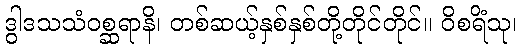
ဒွါဒသသံဝစ္ဆရာနိ၊ တစ်ဆယ့်နှစ်နှစ်တို့တိုင်တိုင်။ ဝိစရိံသု၊